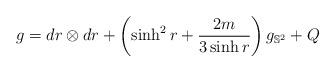
LaTeX: \begin{align*} g = dr\otimes dr + \left( \sinh^2 r + \frac{2 m }{ 3 \sinh r} \right) g_{\mathbb{S}^2} + Q\end{align*}